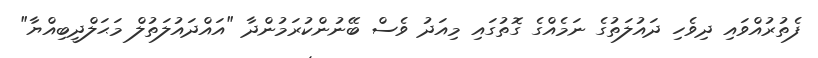
ފެތުރުއްވައި ދިވެހި ދައުލަތުގެ ނަމެއްގެ ގޮތުގައި މިއަދު ވެސް ބޭނުންކުރަމުންދާ "އައްދައުލަތުލް މަޙަލްދީބިއްޔާ"